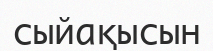
сыйақысын